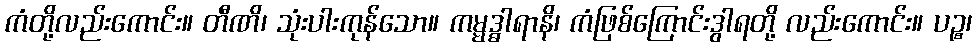
ကံတို့လည်းကောင်း။ တီဏိ၊ သုံးပါးကုန်သော။ ကမ္မဒ္ဓါရာနိ၊ ကံဖြစ်ကြောင်းဒွါရတို့ လည်းကောင်း။ ပဉ္စ၊